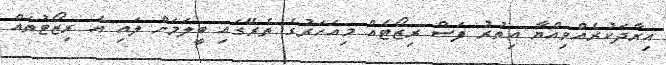
އިރާދަކުރެއްވިއްޔާ އިތުރު ފަސް ރިޒޯޓެއް މިއަހަރުގެ ތެރޭގައި ބީލަމަށް ލައި އެ ރިޒޯޓުތައް